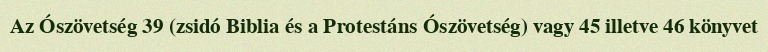
Az Ószövetség 39 (zsidó Biblia és a Protestáns Ószövetség) vagy 45 illetve 46 könyvet